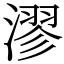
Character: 漻